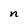
Character: n